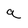
Character: a